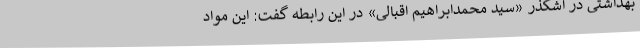
بهداشتی در اشکذر «سید محمدابراهیم اقبالی» در این رابطه گفت: این مواد